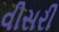
વીસરી